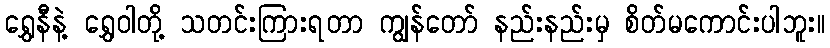
ရွှေနီနဲ့ ရွှေဝါတို့ သတင်းကြားရတာ ကျွန်တော် နည်းနည်းမှ စိတ်မကောင်းပါဘူး။